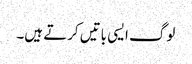
لوگ ایسی باتیں کرتے ہیں۔